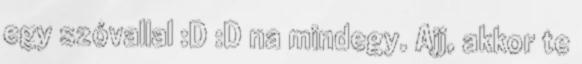
egy szóvallal :D :D na mindegy. Ajj, akkor te